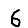
Digit: 6